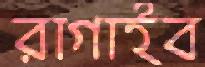
রাগাইব